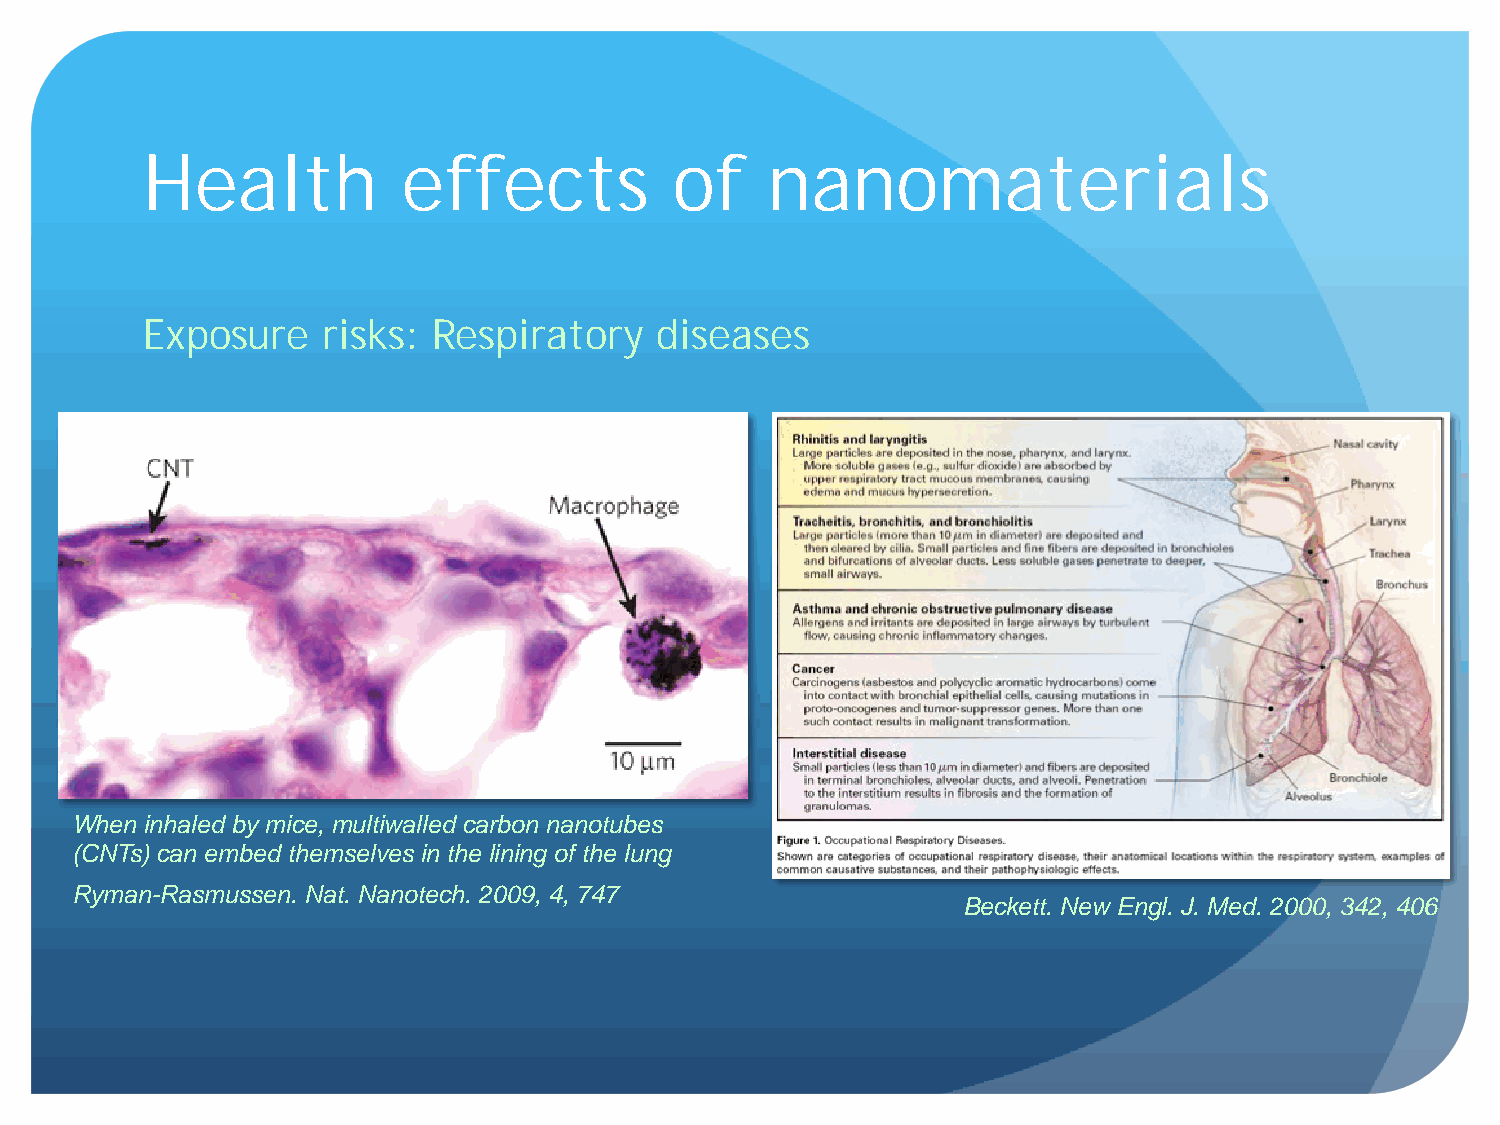
Health            effects           of    nanomaterials
 Exposure    risks:  Respiratory   diseases
 When inhaled by mice, multiwalled carbon nanotubes
 (CNTs) can embed themselves in the lining of the lung
 Ryman-Rasmussen. Nat. Nanotech. 2009, 4, 747
 Beckett. New Engl. J. Med. 2000, 342, 406